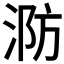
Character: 𭰤